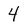
Character: 4